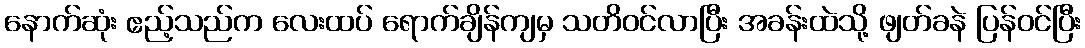
နောက်ဆုံး ဧည့်သည်က လေးထပ် ရောက်ချိန်ကျမှ သတိဝင်လာပြီး အခန်းထဲသို့ ဖျတ်ခနဲ ပြန်ဝင်ပြီး